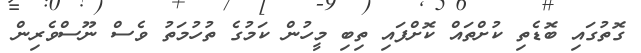
ގޮތުގައި ބޮޑެތި ކުށްތައް ކޮށްފައި ތިބި މީހުން ކަމުގެ ތުހުމަތު ވެސް ނޫސްވެރިން